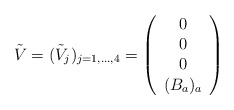
\begin{align*}\tilde{V}=(\tilde{V}_j)_ {j=1,\dots, 4}=\left(\begin{array}{c}0\\0\\0\\({B}_{a})_{a}\end{array}\right)\end{align*}